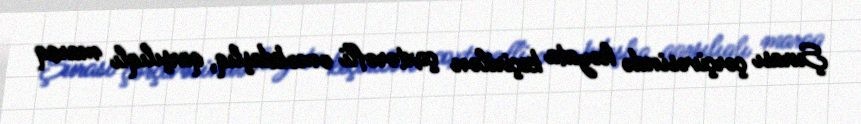
Şurası çərçivəsində həyata keçirilən çoxtərəfli əməkdaşlıq, qarşılıqlı maraq